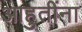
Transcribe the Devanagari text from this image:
आहुतींना